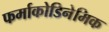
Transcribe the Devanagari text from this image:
फर्माकोडिनेमिक